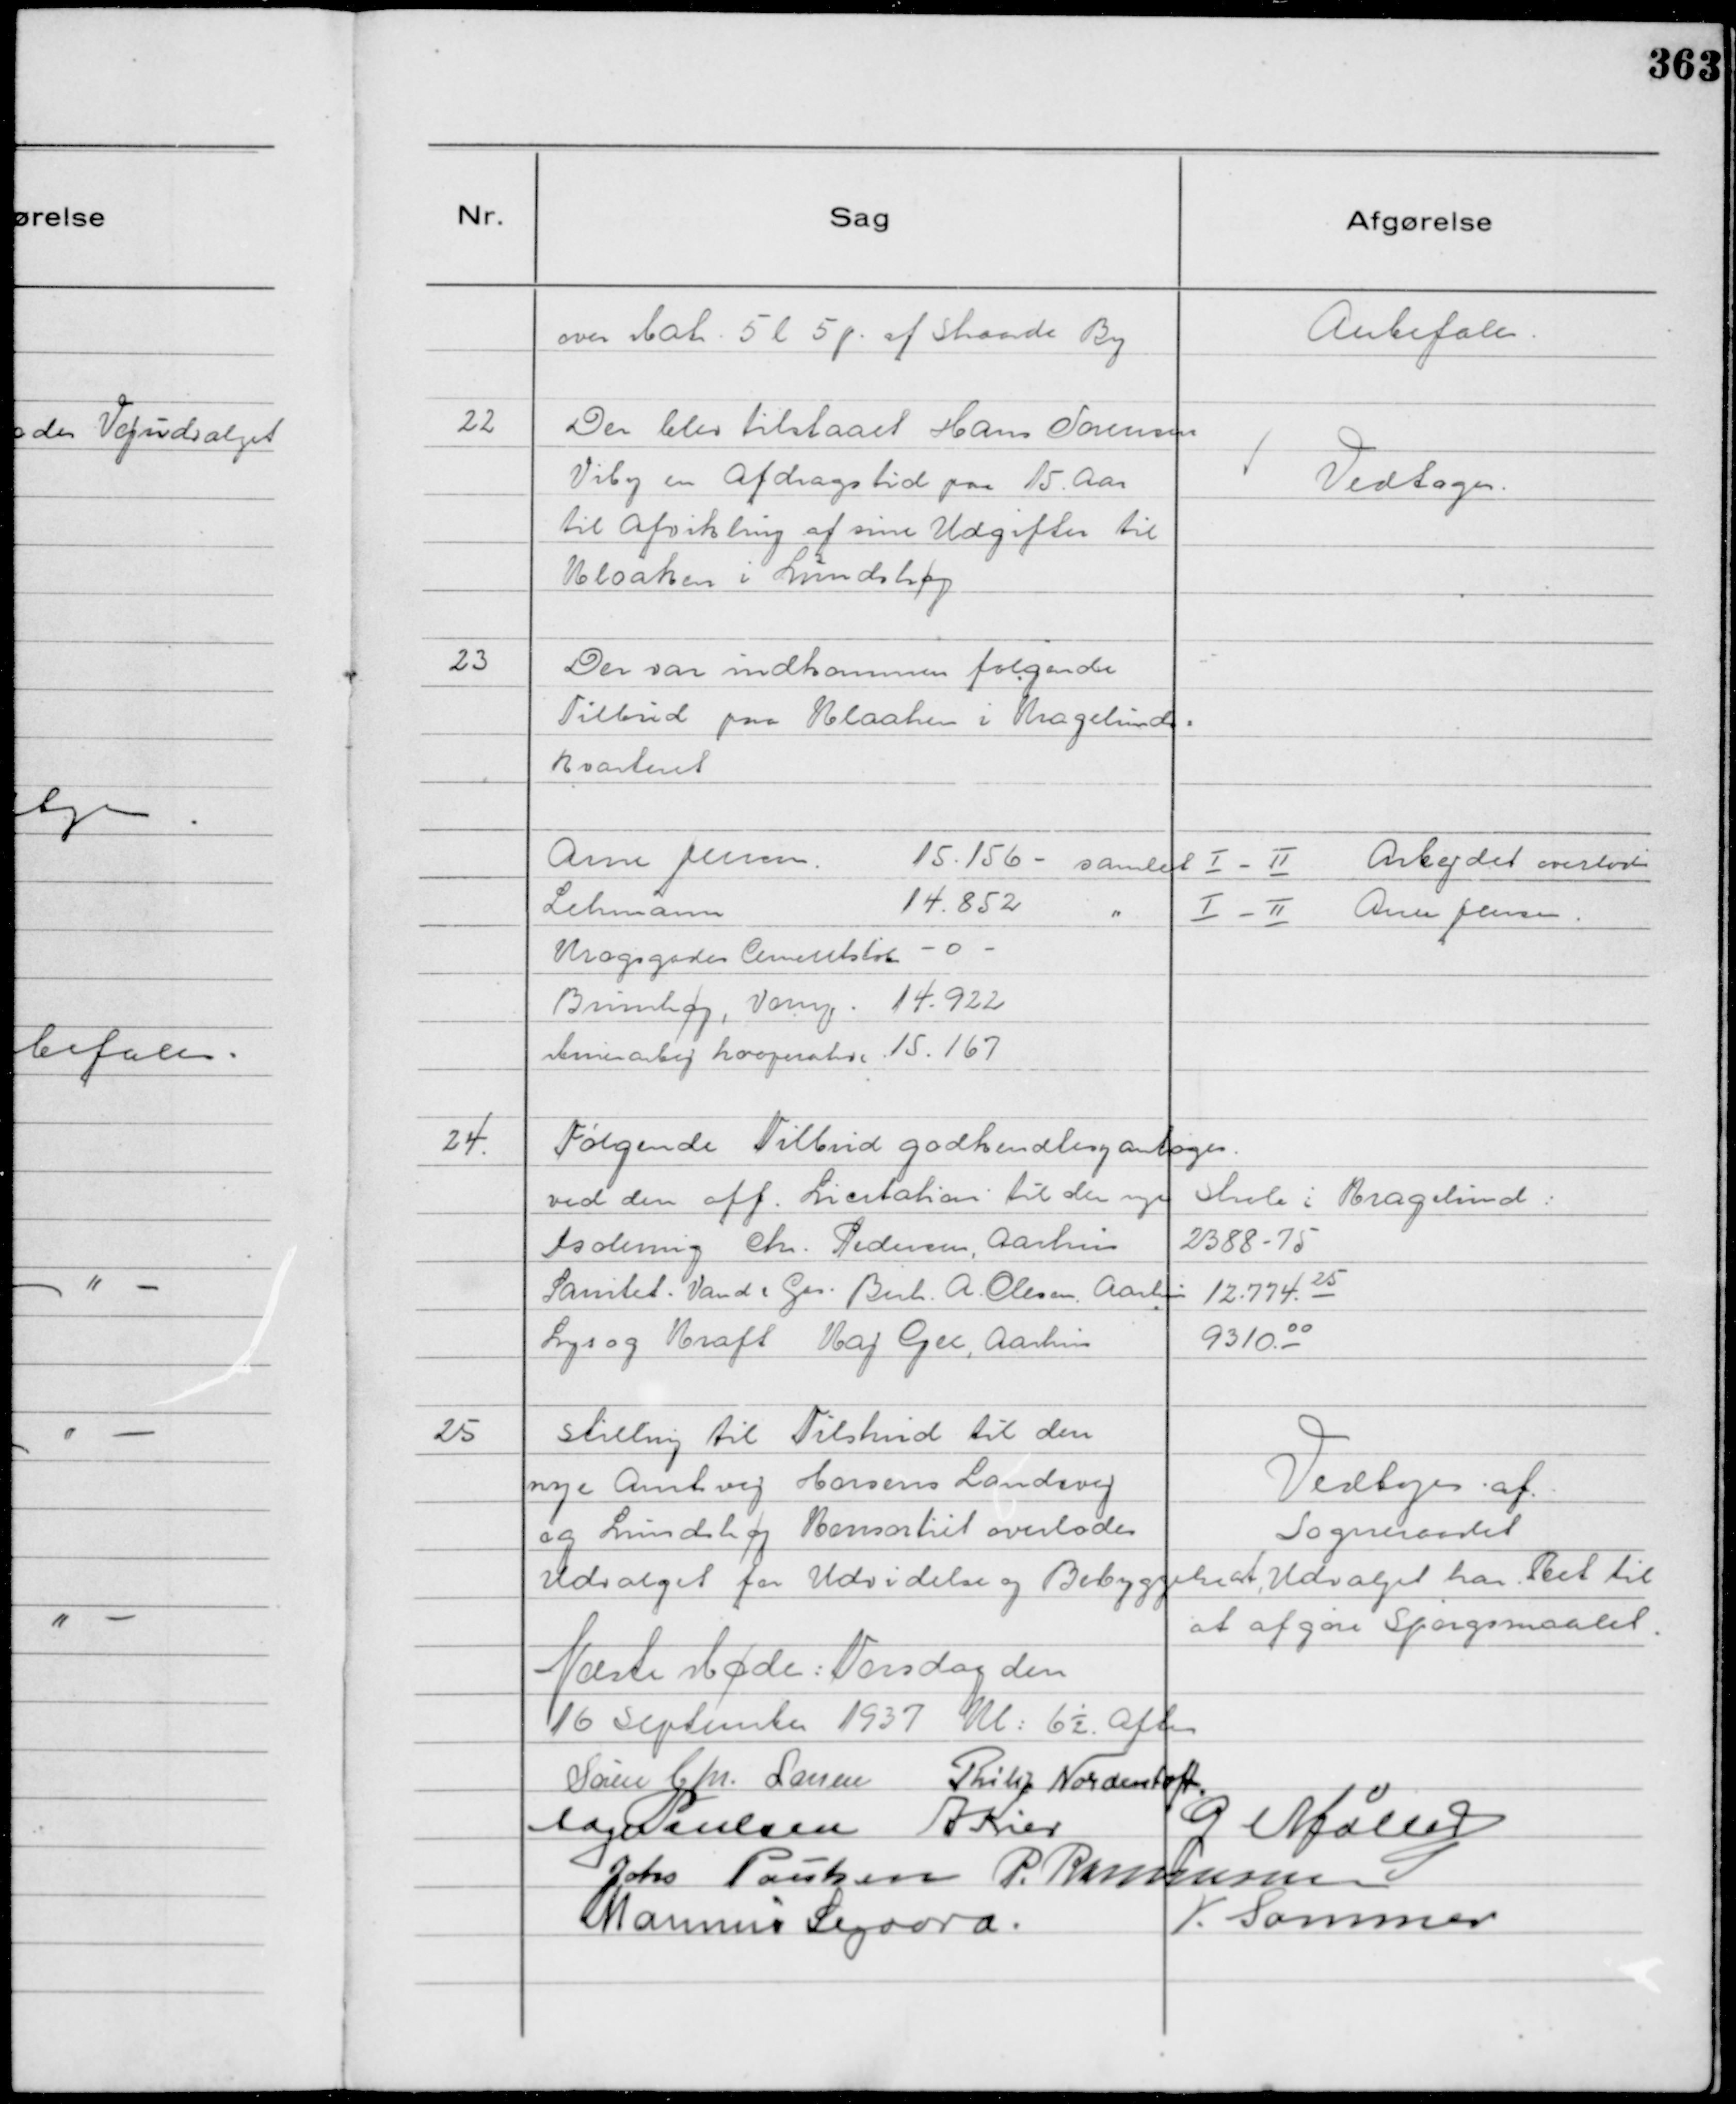
Transskription:
over Matr. 5 l 5 p. af Skaade By

Anbefales.

22
Der blev tilstaaet Hans Sørensen
Viby en Afdragstid paa 15 Aar
til Afvikling af sine Udgifter til
Kloaken i Lundshøj

Vedtages.

23
Der var indkommen følgende
Tilbud paa Kloaken i Kragelund=
kvarteret
Arne Jensen
15.156 - samlet Ⅰ- Ⅱ
Lehmann
14.852 " Ⅰ- Ⅱ
Krogsgades Cementstøb - 0 -
Brimhøj, Vamp. - 14.922
Murerarbej kooperation 15.167

Arbejdet overlodes
Arne Jensen.

24
Følgende Tilbud godkendtes og antoges .
ved den off. Licitation til den nye Skole i Kragelund :
Isolering Chr. Pedersen, Aarhus 2388 - 75
Sanitet. Vand & Gas. Bech. A. Olesen, Aarhus 12.774. 25
Lys og Kraft Kaj Gec, Aarhus 9310. 00

25
Stilling til Tilskud til den
nye Amtsvej Horsens Landevej
og Lundshøj Konsortiet overlodes
Udvalget for Udvidelse og Bebyggelse

Vedtoges af
Sogneraadet
at, Udvalget har Ret til
at afgøre Spørgsmaalet.

Næste Møde: Torsdag den
16 September 1937 Kl: 6½ Aften

Søren Chr. Larsen
Philip Nordentoft.
Aage Poulsen
A Kier
G Møller
Johs Poulsen
P. Rasmussen
Marinus Sigaard.
V. Sommer